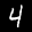
Label: 4